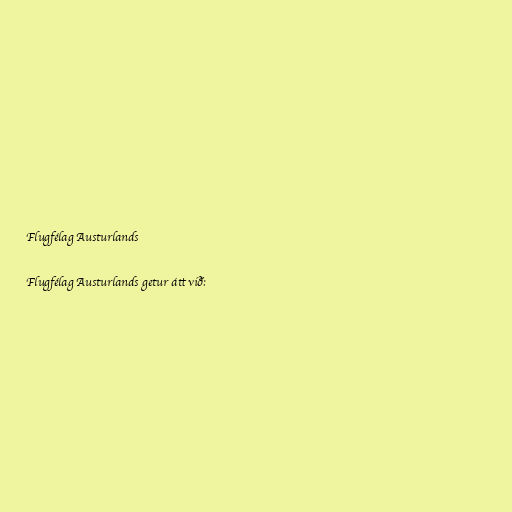
Flugfélag Austurlands

Flugfélag Austurlands getur átt við: